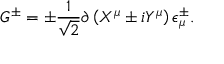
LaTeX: G ^ { \pm } = \pm { \frac { 1 } { \sqrt 2 } } \partial \left( X ^ { \mu } \pm i Y ^ { \mu } \right) \epsilon _ { \mu } ^ { \pm } .